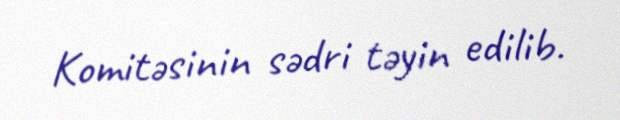
Komitəsinin sədri təyin edilib.